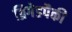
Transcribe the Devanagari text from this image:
ब्रिगेडपैकी